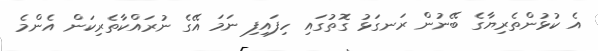
އެ ކުޅުންތެރިޔާގެ ބޭނުން ރަނގަޅު ގޮތުގައި ހިފައިފި ނަމަ އޭގެ ނުރައްކާތެރިކަން އެންމެ